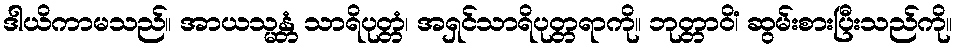
ဒါယိကာမသည်။ အာယသ္မန္တံ သာရိပုတ္တံ၊ အရှင်သာရိပုတ္တရာကို။ ဘုတ္တာဝိံ၊ ဆွမ်းစားပြီးသည်ကို။